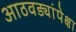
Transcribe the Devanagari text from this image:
आठवड्यांपेक्षा